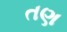
તણ